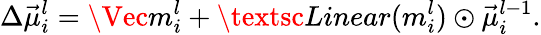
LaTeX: \Delta\vec{\mu}_{i}^{l}=\Vec{m}_{i}^{l}+\textsc{Linear}(m_{i}^{l})\odot\vec{\mu}_{i}^{l-1}.